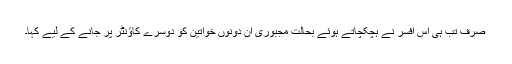
صرف تب ہی اس افسر نے ہچکچاتے ہوئے بحالتِ مجبوری ان دونوں خواتین کو دوسرے کاؤنٹر پر جانے کے لیے کہا۔